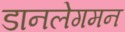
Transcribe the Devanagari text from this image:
डानलेगमन